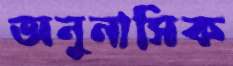
অনুনাসিক